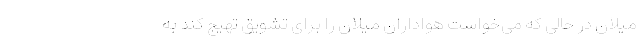
میلان در حالی که می‌خواست هواداران میلان را برای تشویق تهیج کند به